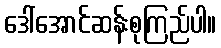
ဒေါ်အောင်ဆန်းစုကြည်ပါ။